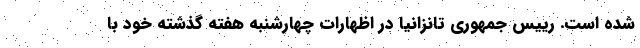
شده است. رییس جمهوری تانزانیا در اظهارات چهارشنبه هفته گذشته خود با